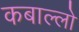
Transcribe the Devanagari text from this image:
कबाल्लो